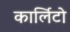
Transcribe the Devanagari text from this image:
कार्लिटो